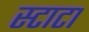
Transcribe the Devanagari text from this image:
स्टाटा